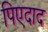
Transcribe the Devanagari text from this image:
पिएदाद